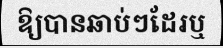
ឱ្យបានឆាប់ៗដែរឬ